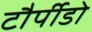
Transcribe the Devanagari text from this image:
टौर्पीडो